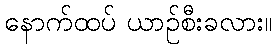
နောက်ထပ် ယာဉ်စီးခလား။